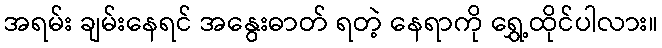
အရမ်း ချမ်းနေရင် အနွေးဓာတ် ရတဲ့ နေရာကို ရွှေ့ထိုင်ပါလား။